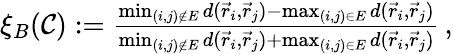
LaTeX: \begin{array}{r}{\xi_{B}(\mathcal{C}):=\frac{\operatorname*{min}_{(i,j)\notin E}d(\vec{r}_{i},\vec{r}_{j})-\operatorname*{max}_{(i,j)\in E}d(\vec{r}_{i},\vec{r}_{j})}{\operatorname*{min}_{(i,j)\notin E}d(\vec{r}_{i},\vec{r}_{j})+\operatorname*{max}_{(i,j)\in E}d(\vec{r}_{i},\vec{r}_{j})}\, ,}\end{array}